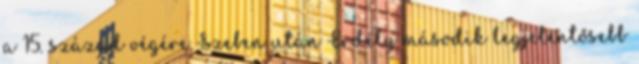
a 15. század végére Szeben után Erdély második legjelentősebb